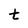
Character: t